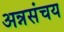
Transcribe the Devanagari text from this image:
अन्नसंचय